Vital statistics of India. Vol. IV, Annual returns from 1871 to 1876. British Army of India, Native Army and jails of Bengal
Year: 1871
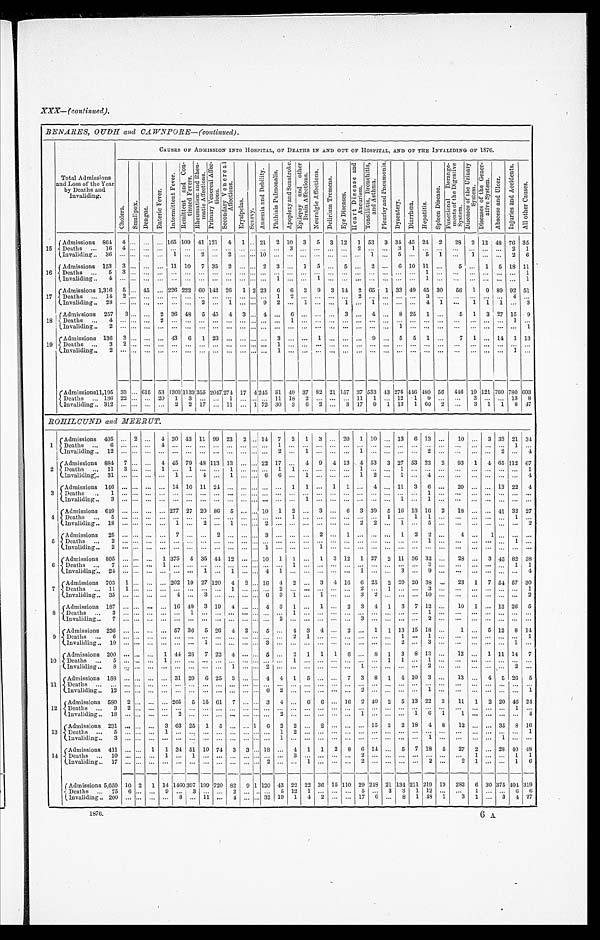
XXX—(continued).
BENARES, OUDH AND CAWNPORE—(continued).
Total Admissions
and Loss of the Year
by Deaths and
Invaliding.
CAUSES OF ADMISSION INTO HOSPITAL, OF DEATHS IN AND OUT OF HOSPITAL, AND OF THE INVALIDING OF 1876.
C h o l e r a . S m a l l p o x .
D e n g u e .
E n t e r i c F e v e r .
I n t e r m i t t e n t F e v e r .
R e m i t t e n t a n d C o n t i n u e d F e v e r s .
R h e u m a t i s m a n d R h e u m a t i c A f f e c t i o n s .
P r i m a r y V e n e r a l A f f e c t i o n s .
S e c o n d a r y V e n e r a l A f f e c t i o n s .
E r y s i p e l a s .
S c u r v y .
A n æ m i a a n d D e b i l i t y .
P h t h i s i s P u l m o n a l i s .
A p o p l e x y a n d S u n s t r o k e . E p i l e p s y a n d o t h e r B r a i n A f f e c t i o n s .
N e u r a l g i c A f f e c t i o n s .
D e l i r i u m T r e m e n s .
E y e D i s e a s e s .
H e a r t D i s e a s e a n d A n e u r i s m .
T o n s i l l i t i s , B r o n c h i t i s , a n d A s t h m a .
P l e u r i s y a n d P n e u m o n i a .
D y s e n t e r y .
D i a r r h œ a . H e p a t i t i s .
S p l e e n D i s e a s e .
F u n c t i o n a l D e r a n g e m e n t s o f t h e D i g e s t i v e S y s t e m . D i s e a s e s o f t h e U r i n a r y S y s t e m .
D i s e a s e s o f t h e G e n e r a t i v e S y s t e m .
A b s c e s s a n d U l c e r .
I n j u r i e s a n d A c c i d e n t s .
A l l o t h e r C a u s e s .
15
Admissions 864 4 ... ...
. . . 165 1 0 9
4 1
121
4 1 . . 21 2 10 3 5 3 12 1 53 3 34 45 24 2
28 2 12 48 76 35
D e a t h s
. . .
1 6
4 . . . . . .
. . .
...
. . .
. . .
. . . . . .
. . . . . . . . . . . .
3
. . .
. . . . . .
. . .
2
. . .
. . .
3
1
. . .
...
. . .
. . .
. . .
... 2
1
I n v a l d i i n g . . 36 ... ... ... ... 1 ... 2 ...
2 ... ... 10 ... ... ... ... ...
. . . ... 1
. . . 5
. . . 5 1 ...
1 ... ... 2 6
16
Admissions 153 3 ... ... ... 11 10 7 35 2 ... ... 2 3 ... 1 5 ... 5 ... 2 ... 6 10 11 ...
5 ... 1 5 18 11
D e a t h s . . . 5 3 . . .
. . .
. . . ...
. . .
. . . . . .
. . .
. . . . . . . . .
. . .
. . .
. . . . . .
. . .
. . .
. . .
. . .
. . .
. . .
. . .
1 ...
. . .
. . .
. . . ......
1
I n v a l i d i n g . . 4
. . . . . . . . .
. . .
...
. . .
. . .
. . . . . .
. . . . . . . . . 1
. . .
. . .
1
. . .
. . .
. . .
. . .
. . .
. . .
. . . 1 ...
. . .
. . .
. . . ......
1
1 7
Admissions
1 , 3 1 6
5 . . . 45 ... 226 222 60 142 26 1 2 23 6 6 3 9 3 14 2 65 1 33 49 45 30
56 1 9 89 92 51
D e a t h s
. . .
1 4
2 . . . . . .
. . .
...
. . . . . .
. . . . . .
. . . . . . . . . 1
2
. . .
. . . . . .
. . .
2
. . .
. . .
. . .
. . . 3 ...
. . .
. . .
. . .
... 4
. . .
I n v a l i d i n g . .
2 8
. . . . . .
. . .
. . .
. . .
. . . 2 ... 1
. . . . . . 9 2 ... 1 ...
. . .
1 ... 1 ... ... ... ... 4 1
. . . 1 1 1 ... 3
18
Admissions 257
3 ... ... 2 36 48 5 45 4 3 ... 4
. . . 6 ... ... ... 3
. . . 4 ... 8 25 1 ...
5 1 3 27 15 9
D e a t h s
. . . 4
. . . . . . . . . 2 ...
. . . . . .
. . . . . .
. . . . . . . . . . . . 1 ... ... ... ... ... ... ... ... ... ... ... ... ...
. . .
...
1 ...
I n v a l i d i n g . . 2
. . . . . . . . .
. . .
...
. . . . . .
. . . . . .
. . . . . . . . . . . .
. . .
. . .
. . . . . .
. . .
. . . . . .
. . .
1
. . . . . .
...
. . .
. . .
. . .
...
. . .
1
19
Admissions 136 3 ... ... ... 43 6 1 23
. . . . . . . . . . . . 3
. . .
. . . 1 ... ...
. . . 9
. . . 5 5 1 ...
7 1 ... 14
1 1 3
D e a t h s
. . . 3 2 . . .
. . .
. . .
. . .
. . .
. . .
. . .
. . .
. . . . . . . . . 1
. . .
. . . ... ... ... ... ... ... ... ... ... ... ...
. . .
. . . ... ...
. . .
I n v a l i d i n g . .
2
. . . . . . . . .
. . .
. . .
. . . . . .
. . . . . .
. . . . . . . . . 1
. . .
. . .
. . . . . .
. . .
. . .
. . .
. . .
. . .
. . . . . .
...
. . .
. . .
. . .
... 1
. . .
A d m i s s i o n s
1 1 , 1 9 5
3 3
. . .
6 1 5
5 3 1303
1 1 3 3
3 5 5
2 0 4 7
2 7 4
1 7
4
2 1 5
8 1
4 9
3 7
8 2 2 1
1 5 7
3 7
5 3 3
4 3
2 7 5
4 4 6 4 8 0 56
4 4 6
1 9
1 2 1
760
780 6 9 3
D e a t h s
. . .
1 3 6
2 2 . . .
. . . 20 1 3 ... ... 1 ... ... ... 11 18 2 ... ... ... 11 1 ... 12
1 9 ...
. . . 3 ... ... 13 8
I n v a l i d i n g . . 312 ... ... ... ... 2 2 17 ... 11 ... 1 72 30 3 6 2 ... 3 17 9 1 13 1 60 2 ...
3 1 1 8 47
ROHILCUND and MEERUT.
1
Admissions 405 ... 2 ... 4 30 43 11 99 23 2 ... 14 7 2 1 3 ... 20 1 10 ... 13 6 13 ...
10 ... 3 33 21 34
D e a t h s
. . . 6
. . . . . .
. . .
4
. . .
. . .
. . .
. . .
. . .
. . . . . . . . .
1
. . .
. . . . . .
. . .
. . .
. . . . . . . . .
. . .
. . .
. . .
. . .
. . .
. . .
. . . . . . 1 . . .
I n v a l i d i n g
. . 1 2 . . . . . .
. . .
. . .
. . .
. . .
. . .
. . .
. . .
. . . . . . . . .
2
. . .
1
. . .
. . .
. . .
1
. . . . . .
. . .
. . .
2
. . .
. . .
. . .
. . . 2
. . . 4
2
Admissions 884 7 ... ... 4 45 79 48 113 13 ... ... 22 17 . . .
4 9 4 13
4 53 3 27 53 22 2
93 1 4 65 112 67
D e a t h s
. . .
1 1 3 . . .
. . .
1
. . .
1
. . .
. . .
1
. . . . . . . . .
1 1
. . . . . .
. . .
. . .
1
. . . . . .
1
. . .
. . .
. . .
. . .
. . .
. . . . . .
. . . 1
I n v a l i d i n g
. .
3 1 . . . . . .
. . .
. . .
1
. . .
4
. . .
1
. . . . . . 6
6 . . .
1
. . .
. . .
. . .
1
2
. . .
1
. . .
4
. . .
. . .
. . .
. . . . . .
. . . 4
3
Admissions
1 4 6
. . . . . .
. . .
. . . 14 10 11
2 4 . . .
. . . . . . . . .
. . . 1 1
. . . 1 1
. . . 4
. . . 11 3 6
. . . 20
. . .
. . . 13 22 4
D e a t h s
. . . 1
. . . . . .
. . .
. . . . . .
. . .
. . .
. . .
. . .
. . . . . . . . .
. . .
. . .
. . . . . .
. . .
. . .
. . . . . . . . .
. . .
. . .
1
. . .
. . .
. . .
. . . . . .
. . . . . .
I n v a l i d i n g
. .
3
. . . . . . . . .
. . .
. . .
. . .
. . .
. . .
. . .
. . . . . . . . .
. . .
. . .
1
. . .
. . .
. . .
. . . . . . . . .
1
. . .
1
. . .
. . .
. . .
. . . . . .
. . . . . .
4
A d m i s s i o n s 649
. . . . . . . . .
. . . 277 27 20 86 5 ... ... 10 1 2 ... 3
. . . 6 3 39 5 16 13 16 2
18 ... ... 41 32 27
D e a t h s . . .
5
. . . . . . . . .
. . .
. . .
. . .
. . .
. . .
. . .
. . . . . . . . .
. . .
1
. . . . . .
. . .
. . .
. . . . . . 1
. . .
1
1
. . .
. . . . . .
. . .
. . . 1
. . .
I n v a l i d i n g . . 18
. . . . . .
. . .
. . . 1 ... 2 ... 1 ...
. . . 2
. . .
. . .
. . . . . .
. . .
. . .
2
2
. . .
1
. . .
5
. . .
. . .
. . . . . .
. . .
. . . 2
5
A d m i s s i o n s 25 ... ... ... ... 7 ... ... 2 ...
. . . ... 3 ... ... ... 2 ... 1 ... ... ... 1 2 2
. . .
4 ...
1
. . .
. . . . . .
D e a t h s . . .
2
. . . . . .
. . .
. . . . . .
. . .
. . .
. . .
. . .
. . . . . . . . .
. . .
. . .
. . . . . .
. . .
. . .
. . . . . . . . .
. . .
. . .
1
. . .
. . .
. . .
. . . . . .
1
. . .
I n v a l i d i n g . .
2
. . . . . . . . .
. . .
. . .
. . .
. . .
. . .
. . .
. . . . . . 1
. . .
. . .
. . . 1
. . .
. . .
. . . . . . . . .
. . .
. . .
. . .
. . .
. . .
. . .
. . . . . .
. . . . . .
6
Admissions 805 ... ... ... 1 375 5 35 44 1:2 ... ... 10 1 1 ... 1 3 12 1 27 2 11 36 32 ...
28 ... 3 45 82 38
D e a t h s
. . .
7
. . . . . . . . .
1
. . .
. . .
. . .
. . .
. . .
. . . . . . . . .
. . .
1
. . . . . .
. . .
. . .
. . . . . . . . .
. . .
. . .
3
. . .
. . .
. . .
. . . . . .
1
1
I n v a l i d i n g
. .
2 4 . . . . . . . . .
. . .
. . .
. . .
1
. . .
1
. . . . . . 4
1
. . .
. . . . . .
. . .
. . .
1
. . . . . .
3
. . .
9
. . .
. . .
. . .
. . . . . .
. . . 4
7 Admissions 703 1 ... ... ... 202 19 27 120 4 2
. . . 16 4 2 ... 3 4 16 6 25 2 20 20 38 ...
23 1 7 54 57 30
D e a t h s
. . .
1 1 1 . . . . . .
. . .
. . .
. . .
. . .
. . .
1
. . . . . . . . .
2
. . .
. . . . . .
. . .
. . .
2
. . . 1
. . .
. . .
3
. . .
. . .
. . .
. . . . . .
. . . 1
I n v a l i d i n g
. .
3 5 . . . . . . . . .
. . .
4
. . .
3
. . .
. . .
. . . . . . 6
3
1
. . . 1
. . .
. . .
3
2
. . .
. . .
. . .
1 0
. . .
. . .
. . .
. . . . . .
. . . 2
8
Admissions 187 ... ... ...
. . . 16 49 3 19 4
. . . . . . 4 3 1 ... 1 ... 2 3 4 1 3 7 12 ...
10 1 ... 13 26 5
D e a t h s
. . . 3 ... ... ... ... ... 1
. . .
. . .
. . .
. . . . . . . . .
. . .
1
. . . . . .
. . .
. . .
. . . . . . . . .
. . .
. . .
1
. . .
. . .
. . .
. . . . . .
. . .
. . .
I n v a l i d i n g . . 7
. . . . . .
. . .
. . . . . .
. . .
. . .
. . .
. . .
. . . . . . . . .
2
. . .
. . . . . .
. . .
. . .
3
. . . . . .
. . .
. . .
2
. . .
. . .
. . .
. . . . . .
. . .
. . .
9
A d m i s s i o n s 236 ... ... ... ... 57 36 5 26 4 2 . . . 5
. . . 4 3 4 ... 2 ... 1 1 13 15 18 ...
1 ... 5 12 8 14
D e a t h s . . . 6
. . . . . . . . .
. . .
. . .
. . .
. . .
. . .
. . .
. . . . . . . . .
. . .
2
1
. . .
. . .
. . .
. . . . . . . . .
1
. . .
1
. . .
. . .
. . .
. . . . . .
. . . 1
I n v a l i d i n g . .
1 0 . . . . . . . . .
. . .
. . .
. . .
1
. . .
. . .
. . . . . . 3
. . .
. . .
. . . . . .
. . .
. . .
. . . . . . . . .
2
. . .
3
. . .
. . .
. . .
. . . . . .
1
. . .
10 Admissions 200 ... ... ... 1 44 28 7 22 4 ... ... 5 ... 2 1 1 1 6 ... 8 1 3 8 13 ...
12
. . . 1 11 14 7
D e a t h s . . .
5
. . . . . . . . .
1
. . . . . .
. . .
. .
. . .
. . . . . . . . .
. . .
1
. . . . . .
. . .
. . .
. . . . . . 1
1
. . .
1
. . .
. . .
. . .
. . . . . .
. . . . . .
I n v a l i d i n g . .
8
. . . . . . . . .
. . .
. . . . . .
. . .
. . .
1
. . . . . . 2
. . .
. . .
. . . . . .
. . .
. . .
1
. . . . . .
. . .
. . .
2
. . .
. . .
. . .
. . . . . .
2
. . .
11
Admissions 188 ... ... ... ... 31 20 6 25 3 ... ... 4 4 1 5
. . .
. . . 7 3 8 1 4 10 3
. . . 13 ... 4 5 26 5
D e a t h s
. . .
. . .
. . . . . . . . .
. . .
. . . . . .
. . .
. . .
. . .
. . . . . . . . .
. . .
. . .
. . .
. . .
. . .
. . .
. . . . . .
. . .
. . .
. . .
. . .
. . .
. . .
. . .
. . .
. . .
. . . . . .
I n v a l i d i n g
. .
1 2 . . . . . . . . .
. . .
. . . . . .
. . .
. . .
. . .
. . . . . . 6
2
. . .
. . . . . .
. . .
. . .
2
. . . . . .
. . .
. . .
1
. . .
. . .
. . .
. . . . . .
. . . 1
12
A d m i s s i o n s 580 2
. . . ... ... 265 5 15 61 7 ... ... 3 4 ... 6 6 ... 16 2 40 2 5 13 22 2
11 1 2 20 46 24
D e a t h s . . . 3 2
. . . . . .
. . .
. . . . . .
. . .
. . .
. . .
. . . . . . . . .
. . .
. . .
. . . . . .
. . .
. . .
. . . . . . . . .
. . .
. . .
. . .
. . .
. . .
. . .
. . . . . .
1
. . .
I n v a l i d i n g . .
1 8 . . . . . . . . .
. . .
2 . . .
. . .
. . .
. . .
. . . . . . . . .
2
. . .
. . . . . .
. . .
. . .
1
. . . . . .
. . .
1
6
1
1
. . .
. . . . . .
. . . 4
13
A d m i s s i o n s 231
. . . . . . . . . 3 63 25 1 5
. . .
. . . 1 6 2 2 ... 2
. . .
. . .
. . . 15 3 2 18 4 8
12
. . .
. . . 35 8 16
D e a t h s . . . 5
. . . . . . . . . 1
. . . . . .
. . .
. . .
. . .
. . . . . . . . .
1
2
. . . . . .
. . .
. . .
. . . . . . . . .
. . .
. . .
. . .
. . .
. . . . . .
. . .
. . .
. . . 1
Invaliding . . 3
. . . . . . . . .
. . .
. . . . . .
. . .
. . .
. . .
. . . . . . . . .
1
. . .
. . . . . .
. . .
. . .
. . . . . . . . .
. . .
. . .
1
. . .
. . .
. . .
. . . 1
. . . . . .
14
Admissions 411
. . . . . . 1 1 34 51 10 74 3 3 ...
1 8
. . . 4 1 1 2 8 6 14 ... 5 7 18 5
27 2 ... 28 40 48
D e a t h s . . .
1 0 . . . . . . . . .
1
. . . 1
. . .
. . .
. . .
. . . . . . . . .
. . .
3
. . . . . .
. . .
. . .
2
. . . . . .
. . .
. . .
. . .
. . .
. . .
1
. . . . . .
1
1
I n v a l i d i n g . .
1 7 . . . . . . . . .
. . .
. . . . . .
. . .
. . .
. . .
. . . . . . 2
. . .
. . .
1
. . .
. . .
. . .
2
. . . . . .
. . .
. . .
2
. . .
2
1
. . . . . .
1
6
Admissions
5 , 6 5 0 10 2 1 14
1 4 6 0 3 9 7 199 720 82 9 1 120 43 22 22 36 15 110 29
2 4 8
2 1 134 211 219 19 282 6 30 375 494 319
D e a t h s
. . . 75 6 . . . . . . 9
. . .
3
. . .
. . . 2
. . . . . . . . 5 12 1 ... ... ... 5
. . . 3 3 1 12
. . .
. . . 1
. . .
. . .
6
6
I n v a l i d i n g . . 200 ... ... ... ... 8 ... 11
. . . 4 ... ... 32 19 1 4 2 ... ... 17
6 ... 8 1
4 8 1
3 1
. . .
3 4 27
1 8 7 6 .
6 A